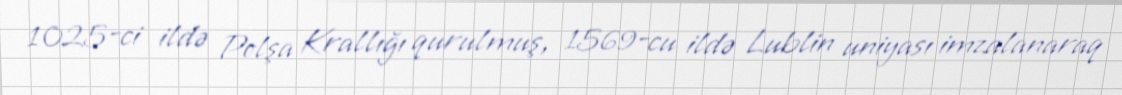
1025-ci ildə Polşa Krallığı qurulmuş, 1569-cu ildə Lublin uniyası imzalanaraq